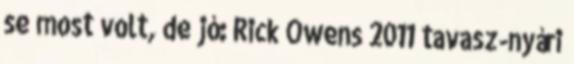
se most volt, de jó: Rick Owens 2011 tavasz-nyári